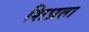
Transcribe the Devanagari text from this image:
शिघ्रता